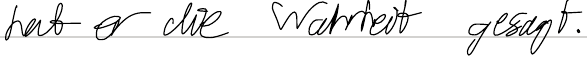
hat er die Wahrheit gesagt.